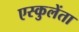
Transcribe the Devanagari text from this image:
एस्कुलेंता